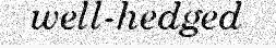
well-hedged